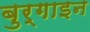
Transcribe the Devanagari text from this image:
बुर्गाइन